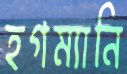
হগম্যানি